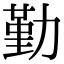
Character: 勤